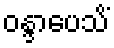
ဝန္ဒာပေသိံ